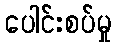
ပေါင်းစပ်မှု